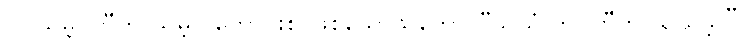
၇။ သမ္ဘဝတီတိ သမ္ဘူ-ကောင်းစွာဖြစ်သောသဘော၊ “သယံ ဘဝတီတိ သယမ္ဘူ”